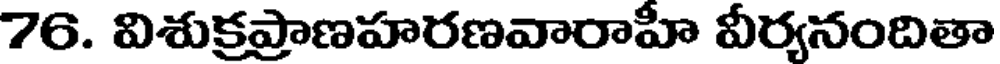
76. విశుక్రప్రాణహరణవారాహీ వీర్యనందితా